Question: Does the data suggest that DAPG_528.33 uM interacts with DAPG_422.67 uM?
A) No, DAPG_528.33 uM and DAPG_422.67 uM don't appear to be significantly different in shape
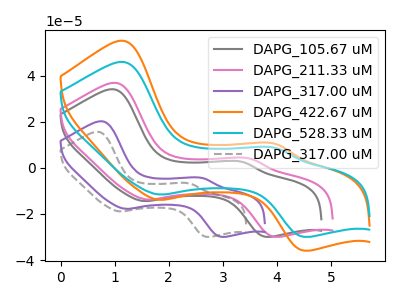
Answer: <think>The gray curve "DAPG_105.67 uM" has anodic peaks at (1.00V, 34.05uA) (3.35V, 2.60uA) and cathodic peaks at (1.55V, -14.40uA) (3.80V, -29.90uA). The pink curve "DAPG_211.33 uM" has anodic peaks at (1.05V, 36.80uA) (3.50V, 4.00uA) and cathodic peaks at (1.60V, -13.75uA) (3.95V, -29.90uA). The purple curve "DAPG_317.00 uM" has anodic peaks at (0.75V, 20.20uA) (2.65V, -4.45uA) and cathodic peaks at (1.20V, -17.80uA) (2.95V, -29.90uA). The orange curve "DAPG_422.67 uM" has anodic peaks at (1.15V, 55.05uA) (3.95V, 10.35uA) and cathodic peaks at (1.85V, -13.85uA) (4.50V, -35.90uA). The cyan curve "DAPG_528.33 uM" has anodic peaks at (1.15V, 45.90uA) (3.95V, 8.65uA) and cathodic peaks at (1.85V, -11.55uA) (4.50V, -29.90uA). The gray dashed curve "DAPG_317.00 uM" has anodic peaks at (0.70V, 15.60uA) (2.40V, -6.80uA) and cathodic peaks at (1.10V, -18.90uA) (2.70V, -29.90uA).
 All the peaks in "DAPG_528.33 uM" have a peak in "DAPG_422.67 uM" at the same potential. Every peak in "DAPG_528.33 uM" is lower than every peak in "DAPG_422.67 uM".</think>
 <answer>A) No, "DAPG_528.33 uM" and "DAPG_422.67 uM" don't appear to be significantly different in shape</answer>
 <eval>A</eval>